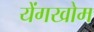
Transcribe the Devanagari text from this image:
येंगखोम